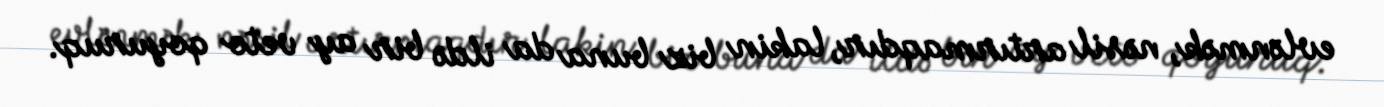
evlənmək, nəsil artırmaqdır, lakin biz buna da ildə bir ay veto qoyuruq.